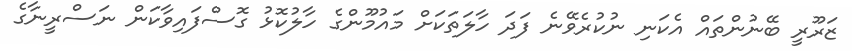
ޒަރޫރީ ބޭނުންތައް އެކަނި ނުކުރެވޭނެ ފަދަ ހާލަތަކަށް މައުމޫންގެ ހާލުކޮޅު ގޮސްފައިވާކަން ނަސްރީނާގެ